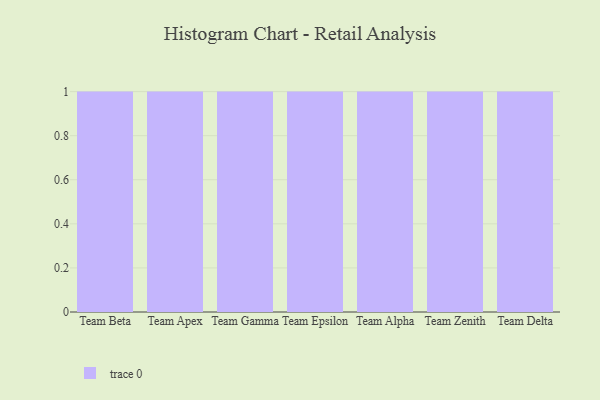
{"axis": {"x": "Team", "y": "Demand Index"}, "legend": [""], "data": [{"x": "Team Beta", "y": 97, "type": ""}, {"x": "Team Apex", "y": 86, "type": ""}, {"x": "Team Gamma", "y": 42, "type": ""}, {"x": "Team Epsilon", "y": 3, "type": ""}, {"x": "Team Alpha", "y": 44, "type": ""}, {"x": "Team Zenith", "y": 88, "type": ""}, {"x": "Team Delta", "y": 59, "type": ""}]}